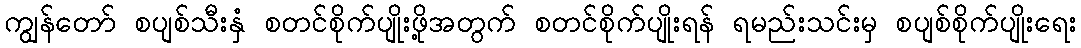
ကျွန်တော် စပျစ်သီးနှံ စတင်စိုက်ပျိုးဖို့အတွက် စတင်စိုက်ပျိုးရန် ရမည်းသင်းမှ စပျစ်စိုက်ပျိုးရေး